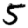
Digit: 5